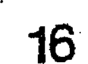
16